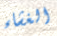
الغشاء